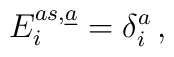
E^{as,\underline{a}}_{i}  =\delta^{a}_{i}\, ,